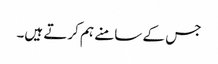
جس کے سامنے ہم کرتے ہیں۔